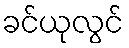
ခင်ယုလွင်